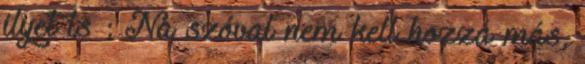
ilyet is : Na szóval nem kell hozzá más,